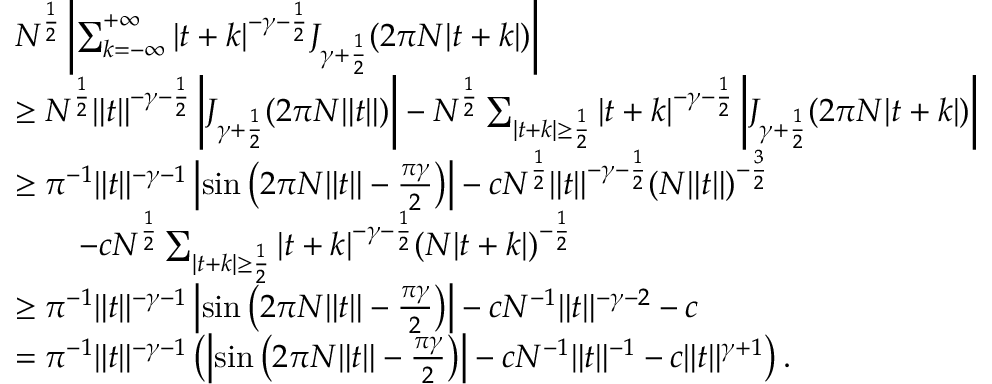
\begin{array} { r l } & { N ^ { \frac { 1 } { 2 } } \left| \sum _ { k = - \infty } ^ { + \infty } \vert t + k \vert ^ { - \gamma - \frac { 1 } { 2 } } J _ { \gamma + \frac { 1 } { 2 } } ( 2 \pi N \vert t + k \vert ) \right| } \\ & { \geq N ^ { \frac { 1 } { 2 } } \| t \| ^ { - \gamma - \frac { 1 } { 2 } } \left| J _ { \gamma + \frac { 1 } { 2 } } ( 2 \pi N \| t \| ) \right| - N ^ { \frac { 1 } { 2 } } \sum _ { | t + k | \geq \frac { 1 } { 2 } } | t + k | ^ { - \gamma - \frac { 1 } { 2 } } \left| J _ { \gamma + \frac { 1 } { 2 } } ( 2 \pi N | t + k | ) \right| } \\ & { \geq \pi ^ { - 1 } \| t \| ^ { - \gamma - 1 } \left| \sin \left( 2 \pi N \| t \| - \frac { \pi \gamma } { 2 } \right) \right| - c N ^ { \frac { 1 } { 2 } } \| t \| ^ { - \gamma - \frac { 1 } { 2 } } ( N \| t \| ) ^ { - \frac { 3 } { 2 } } } \\ & { \qquad - c N ^ { \frac { 1 } { 2 } } \sum _ { | t + k | \geq \frac { 1 } { 2 } } | t + k | ^ { - \gamma - \frac { 1 } { 2 } } ( N | t + k | ) ^ { - \frac { 1 } { 2 } } } \\ & { \geq \pi ^ { - 1 } \| t \| ^ { - \gamma - 1 } \left| \sin \left( 2 \pi N \| t \| - \frac { \pi \gamma } { 2 } \right) \right| - c N ^ { - 1 } \| t \| ^ { - \gamma - 2 } - c } \\ & { = \pi ^ { - 1 } \| t \| ^ { - \gamma - 1 } \left( \left| \sin \left( 2 \pi N \| t \| - \frac { \pi \gamma } { 2 } \right) \right| - c N ^ { - 1 } \| t \| ^ { - 1 } - c \| t \| ^ { \gamma + 1 } \right) . } \end{array}